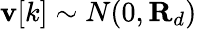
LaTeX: \mathbf{v}[k]\sim N(0,\mathbf{R}_{d})